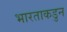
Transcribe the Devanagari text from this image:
भारताकडुन